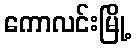
ကောလင်းမြို့